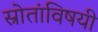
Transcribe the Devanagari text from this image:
स्रोतांविषयी